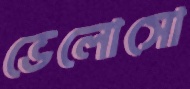
ভেলোসো